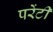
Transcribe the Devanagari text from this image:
परेंटी